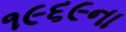
૧૯૬૯ના